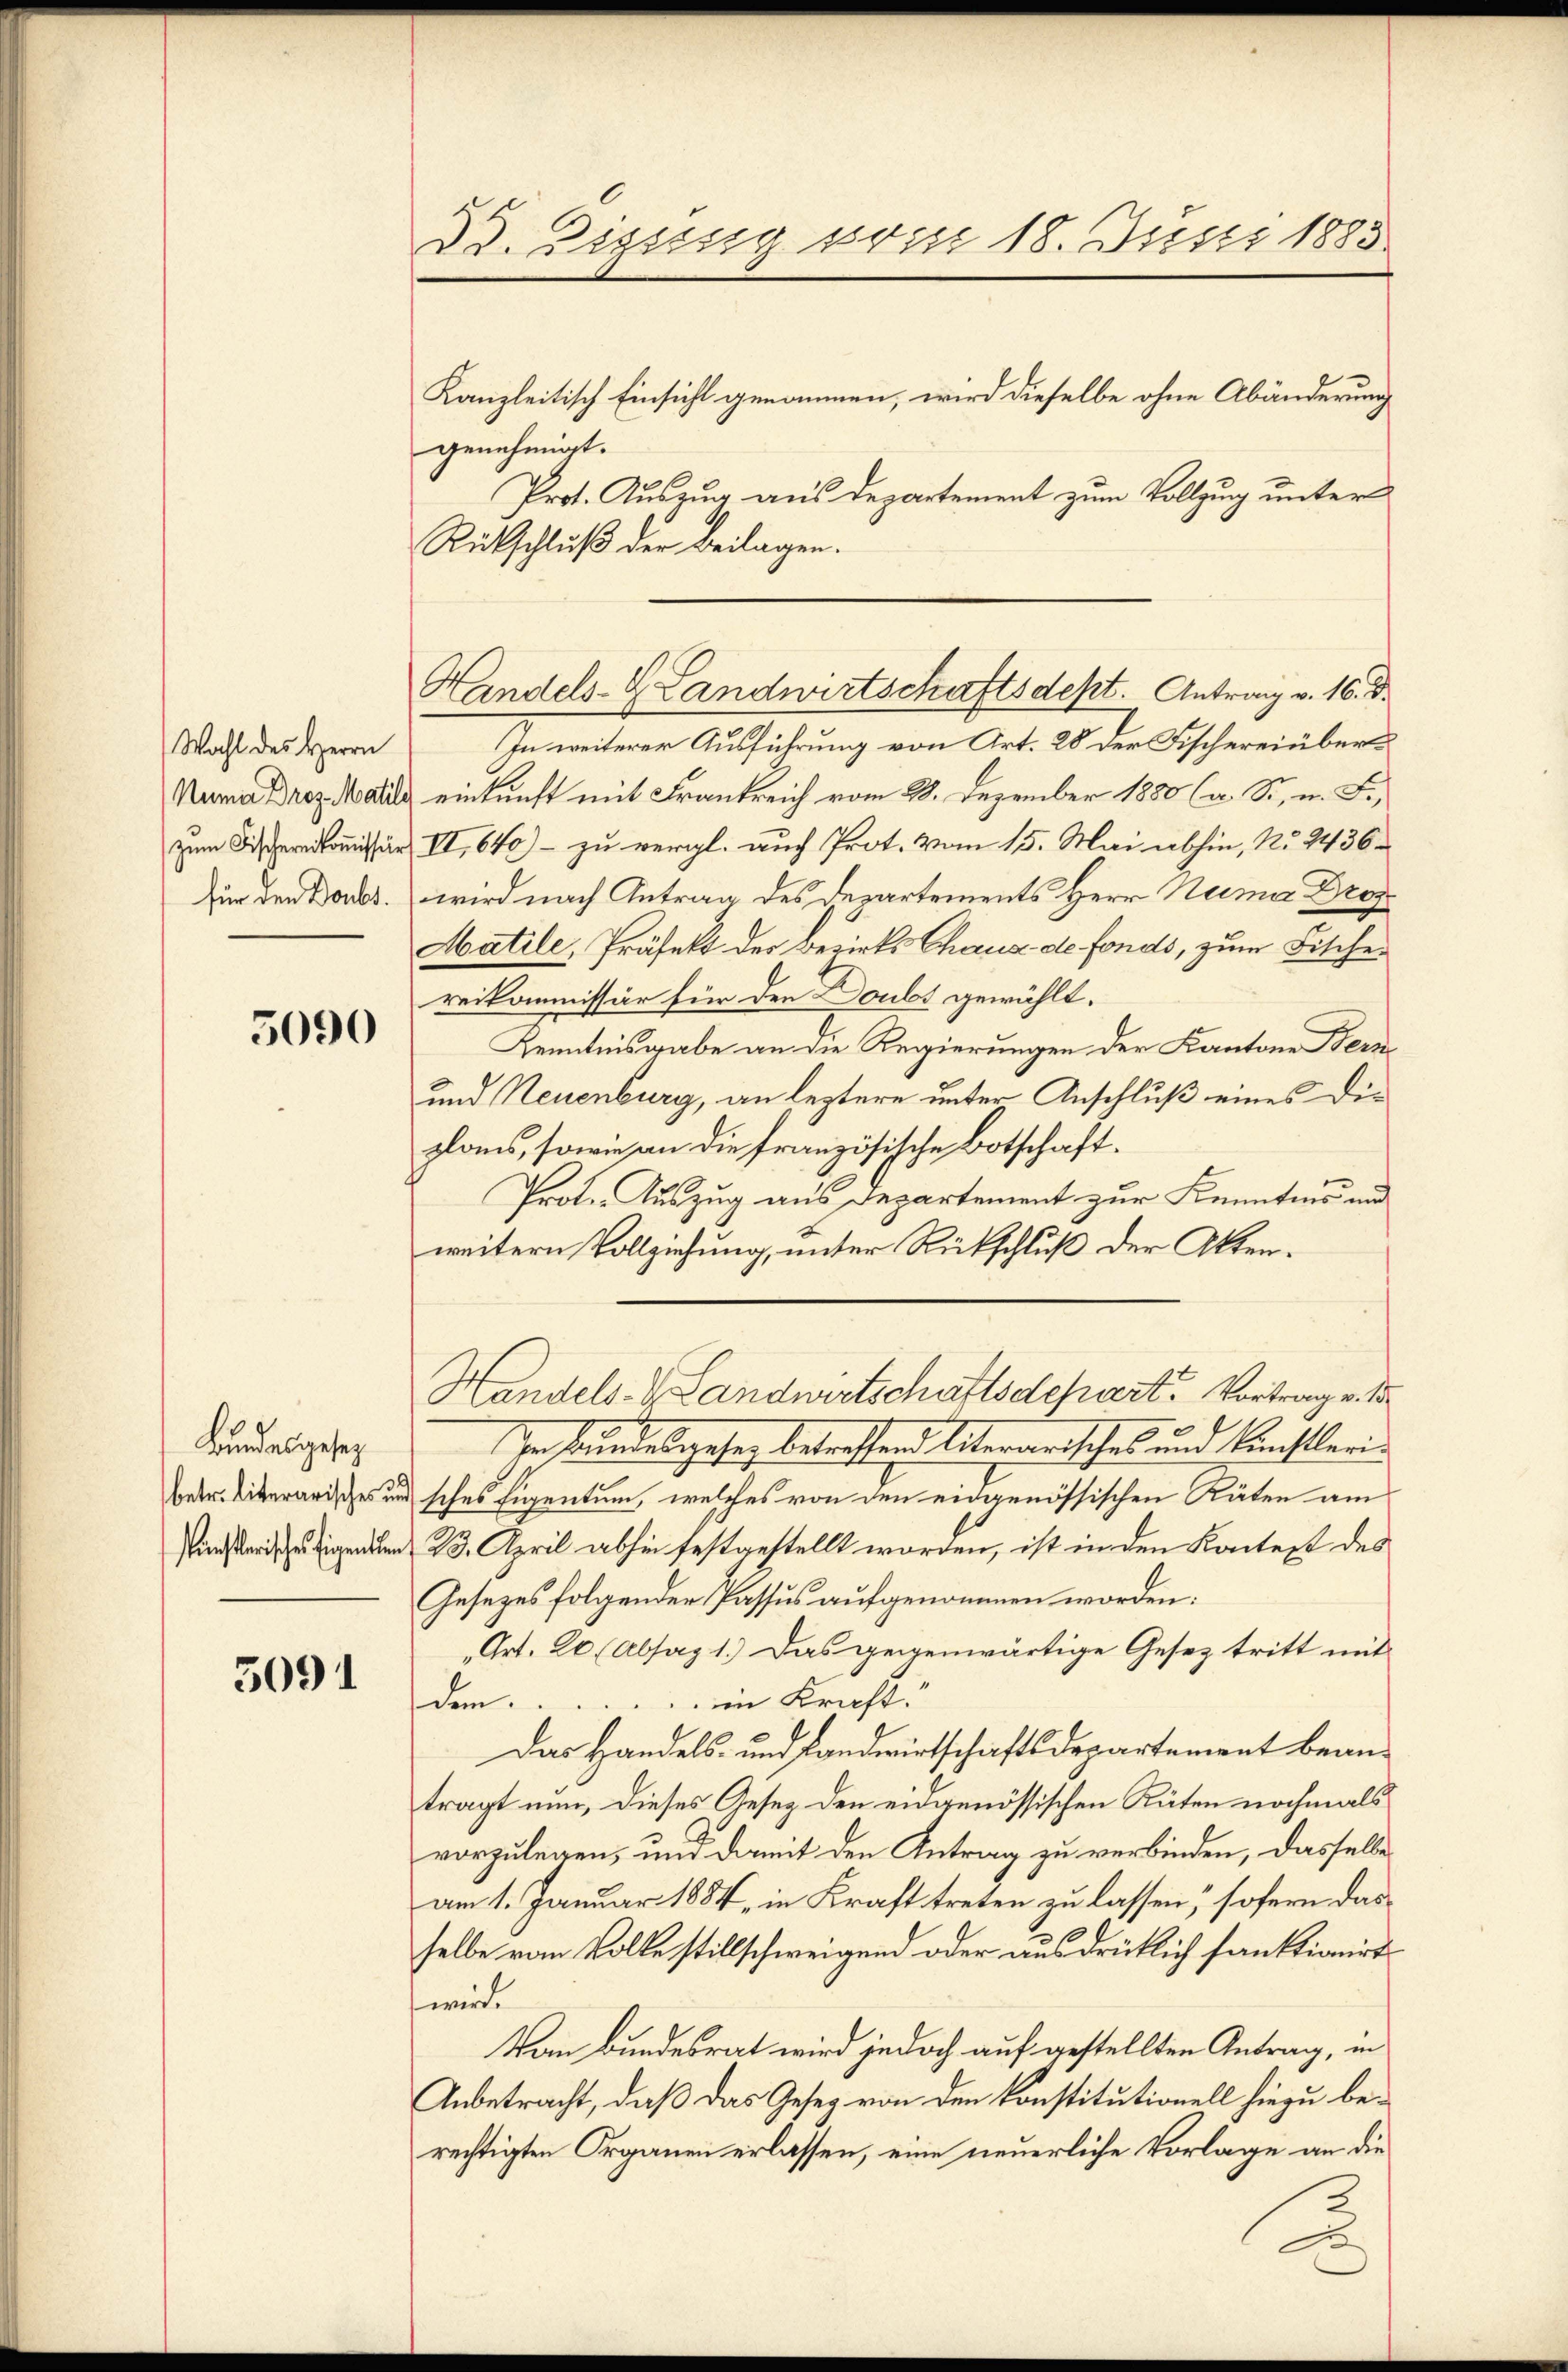
Wahl des Herrn
Numa Droz. Matile
zum Fischereikommissio
für den Doubt.

5090

Bundesgesetz
betr. literarisches un
künstlerisches Eigenten

5091

Kanzleitisch Einsicht genommen, wird dieselbe ohne Abänderung
genehmigt.
Prot. Auszug aus Departement zum Vollzug unter
Rückschluß der Beilagen.

d. Zissssig vom 18. Justi 1885

In weiterer Ausführung von Art. 28 der Fischereinbereinkunft mit Frankreich vom 28. Dezember 1880 (a. St. u. F.,
VI,640) – zu vergl. auch Prot. Vom 15. Mai abhin, No. 2436.
wird nach Antrag des Departements Herr Name Dr.
Matile, Präfekt des Bezirks Chaus de fonds, zum Fischereikommissär für den Doubt gewählt.
Kenntnisgabe an die Regierungen der Kantone Bern
und Neuenburg, an leztere unter Anschluß eines Diplaus, sowie an die französische Botschaft¬
Prote. Auszug aus Departement zur Kenntnis und
weitern Vollziehung, unter Rückschluß der Akten.
Ien Bundesgesen betreffend literarisches und Künstlerisches Eigentum, welches von den eidgenössischen Räten am
23. April abhin festgestellt worden, ist in den Kontest des
Gesezes folgender Passus aufgenommen worden:
„Art. 26 (Absag 1.) Das gegenwärtige Gesez tritt mit
dem......... in Kraft.
Das Handels- und Landwirtschaftsdepartement beantragt nun, dieses Gesetz den eidgenössischen Räten nochmals
vorzulegen, und damit den Antrag zu verbinden, dasselbe
am 1. Januar 1884, in Kraft treten zu lassen, sofern das
selbe vom Volke stillschweigend oder ausdrücklich sanktionirt
werde
Von Bundesrat wird jedoch auf gestellten Antrag, in
Anbetracht, daß das Gesez von den Konstitutionell hiezu berechtigten Organen erlassen, eine neuerliche Vorlage an die

Handels- Landwirtschaftsdept. Antrag v. 16. d.

Handels- & Landwirtschaftsdepart. Vortrag v. 1